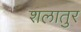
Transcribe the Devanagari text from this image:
शलातुर